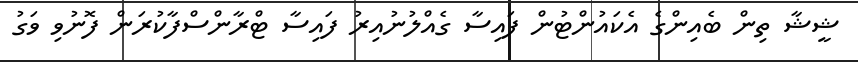
ޝީޝާ ތިން ބެއިންގެ އެކައުންޓުން ފައިސާ ގެއްލުނުއިރު ފައިސާ ޓްރާންސްފާކުރަން ފޮނުވި ވަގު